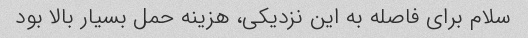
سلام برای فاصله به این نزدیکی، هزینه حمل بسیار بالا بود